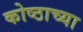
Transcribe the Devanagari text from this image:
कोष्ठाच्या